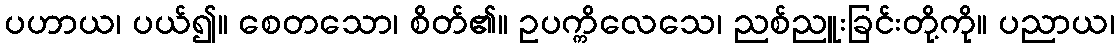
ပဟာယ၊ ပယ်၍။ စေတသော၊ စိတ်၏။ ဥပက္ကိလေသေ၊ ညစ်ညူးခြင်းတို့ကို။ ပညာယ၊